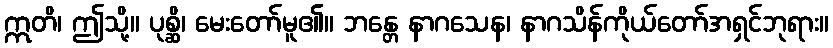
ဣတိ၊ ဤသို့။ ပုစ္ဆိ၊ မေးတော်မူ၏။ ဘန္တေ နာဂသေန၊ နာဂသိန်ကိုယ်တော်အရှင်ဘုရား။